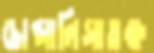
চোপ্‌সালিসাতক্ষ